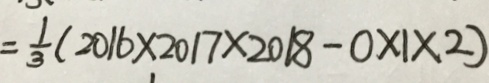
= \frac { 1 } { 3 } ( 2 0 1 6 \times 2 0 1 7 \times 2 0 1 8 - 0 \times 1 \times 2 )